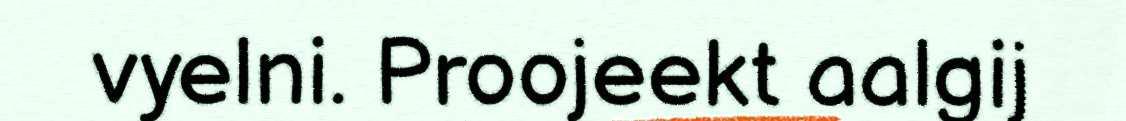
vyelni. Proojeekt aalgij